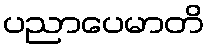
ပညာပေမာတိ